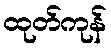
ထုတ်ကုန်